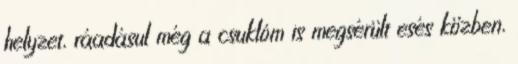
helyzet, ráadásul még a csuklóm is megsérült esés közben,